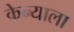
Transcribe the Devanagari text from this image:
केन्याला